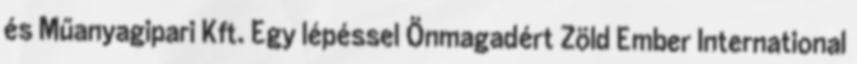
és Műanyagipari Kft. Egy lépéssel Önmagadért Zöld Ember International